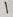
Text: 1